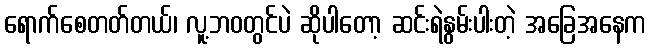
ရောက်စေတတ်တယ်၊ လူ့ဘဝတွင်ပဲ ဆိုပါတော့ ဆင်းရဲနွမ်းပါးတဲ့ အခြေအနေက